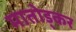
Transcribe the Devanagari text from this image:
मातोड्कर